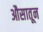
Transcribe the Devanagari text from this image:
औसातून